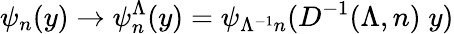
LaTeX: \psi_{n}(y)\rightarrow\psi_{n}^{\Lambda}(y)=\psi_{\Lambda^{-1}n}(D^{-1}(\Lambda,n)\; y)